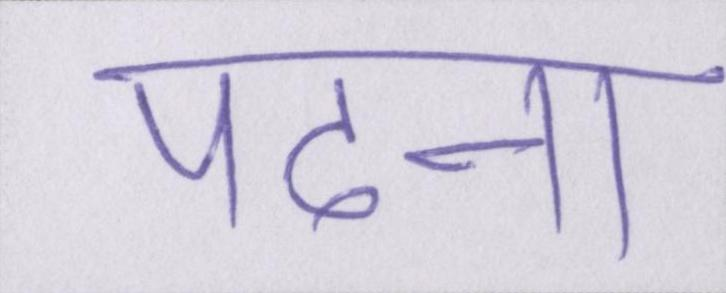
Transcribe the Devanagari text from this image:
पढाना